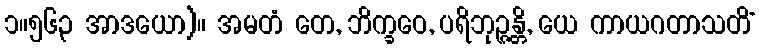
၁။၅၆၃ အာဒယော)။ အမတံ တေ, ဘိက္ခဝေ, ပရိဘုဉ္ဇန္တိ, ယေ ကာယဂတာသတိံ